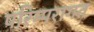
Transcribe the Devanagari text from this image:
परिम्परागत